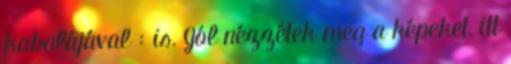
kabalájával : is. Jól nézzétek meg a képeket, itt